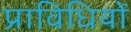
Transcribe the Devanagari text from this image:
प्राविधियों